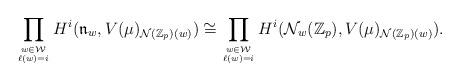
LaTeX: \begin{align*}\prod_{w\in {\mathcal W}\atop \ell(w)=i}H^i({\mathfrak n}_w,V(\mu)_{{\mathcal N}({\mathbb Z}_p)(w)})\cong \prod_{w\in {\mathcal W}\atop \ell(w)=i}H^i({\mathcal N}_w({\mathbb Z}_p),V(\mu)_{{\mathcal N}({\mathbb Z}_p)(w)}).\end{align*}